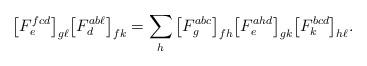
LaTeX: \begin{align*}\big[F^{fcd}_e \big]_{g \ell} \big[ F^{ab\ell}_d\big]_{fk} &= \sum_h \big[ F^{abc}_g \big]_{fh} \big[ F^{ahd}_e \big]_{gk} \big[ F^{bcd}_k \big]_{h\ell}.\end{align*}